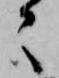
々